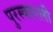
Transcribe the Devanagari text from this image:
पुरस्कारली